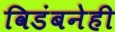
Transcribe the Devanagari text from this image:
विडंबनेही